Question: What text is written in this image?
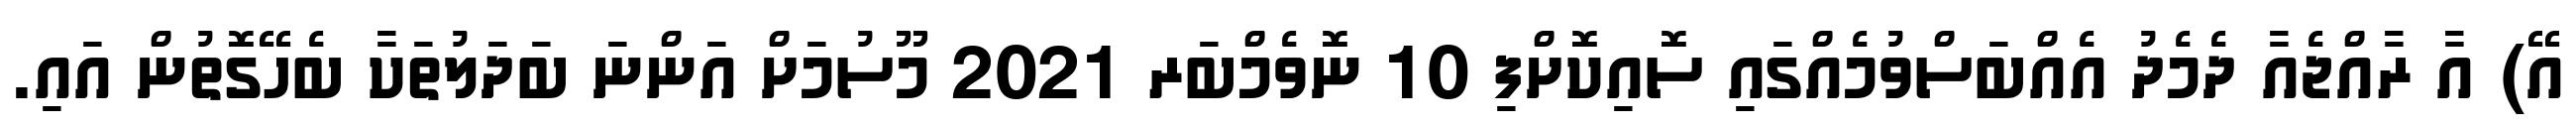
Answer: އޭ) އާ ރާއްޖެއާ ދެމެދު އެއްބަސްވުމެއްގައި ސޮއިކޮށްފި 10 ނޮވެމްބަރ 2021 މޫސުމަށް އަންނަ ބަދަލުތަކާ ބެހޭގޮތުން އައި.